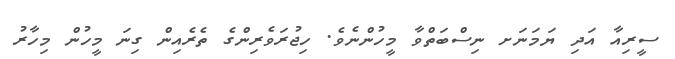
ސީރިއާ އަދި ޔަމަނަށ ނިސްބަތްވާ މީހުންނެވެ. ހިޖުރަވެރިންގެ ތެރެއިން ގިނަ މީހުން މިހާރު